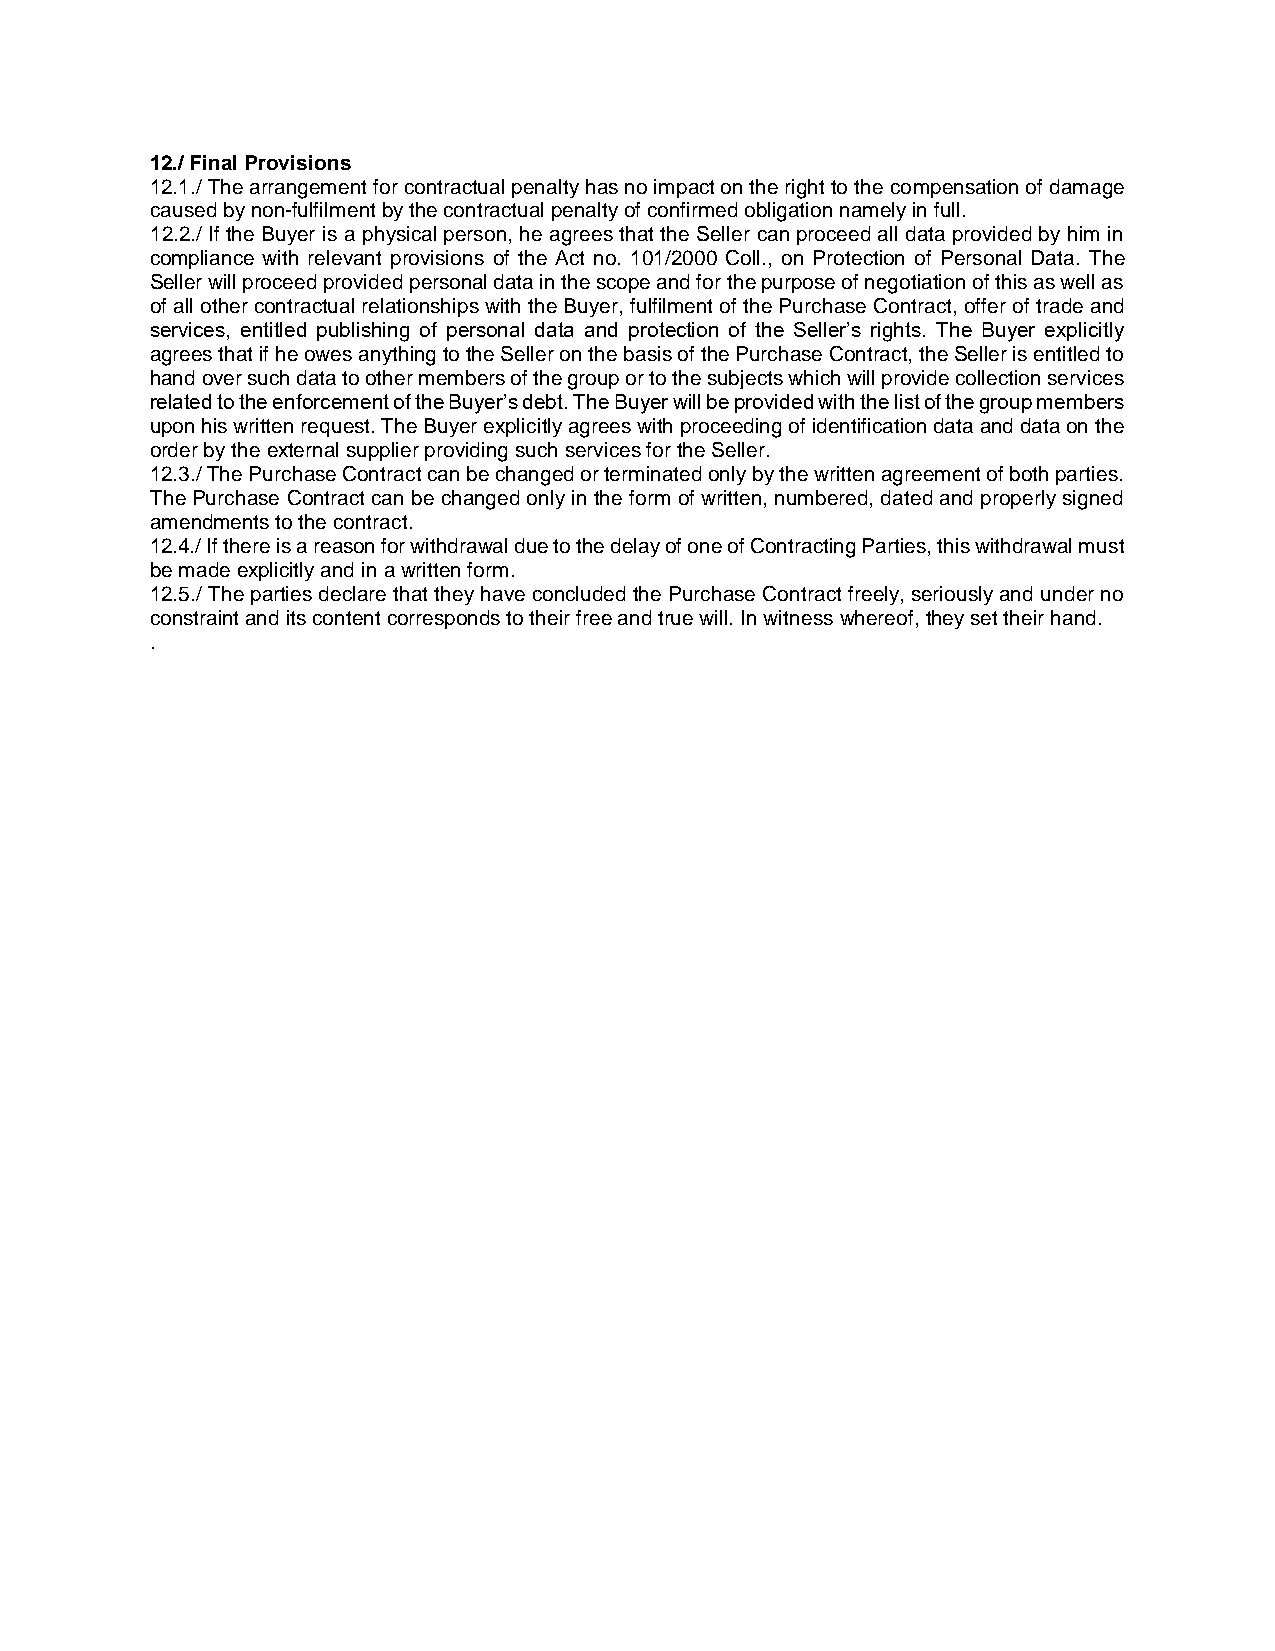
12./ Final Provisions
 12.1./ The arrangement for contractual penalty has no impact on the right to the compensation of damage
 caused by non-fulfilment by the contractual penalty of confirmed obligation namely in full.
 12.2./ If the Buyer is a physical person, he agrees that the Seller can proceed all data provided by him in
 compliance with relevant provisions of the Act no. 101/2000 Coll., on Protection of Personal Data. The
 Seller will proceed provided personal data in the scope and for the purpose of negotiation of this as well as
 of all other contractual relationships with the Buyer, fulfilment of the Purchase Contract, offer of trade and
 services, entitled publishing of personal data and protection of the Seller’s rights. The Buyer explicitly
 agrees that if he owes anything to the Seller on the basis of the Purchase Contract, the Seller is entitled to
 hand over such data to other members of the group or to the subjects which will provide collection services
 related to the enforcement of the Buyer’s debt. The Buyer will be provided with the list of the group members
 upon his written request. The Buyer explicitly agrees with proceeding of identification data and data on the
 order by the external supplier providing such services for the Seller.
 12.3./ The Purchase Contract can be changed or terminated only by the written agreement of both parties.
 The Purchase Contract can be changed only in the form of written, numbered, dated and properly signed
 amendments to the contract.
 12.4./ If there is a reason for withdrawal due to the delay of one of Contracting Parties, this withdrawal must
 be made explicitly and in a written form.
 12.5./ The parties declare that they have concluded the Purchase Contract freely, seriously and under no
 constraint and its content corresponds to their free and true will. In witness whereof, they set their hand.
 .